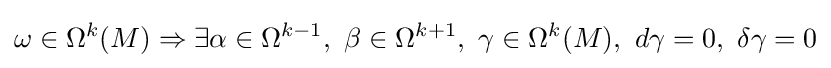
\omega \in \Omega ^{k}(M)\Rightarrow \exists \alpha \in \Omega ^{k-1},\ \beta \in \Omega ^{k+1},\ \gamma \in \Omega ^{k}(M),\ d\gamma =0,\ \delta \gamma =0